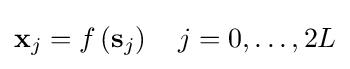
\mathbf {x} _{j}=f\left(\mathbf {s} _{j}\right)\quad j=0,\dots ,2L